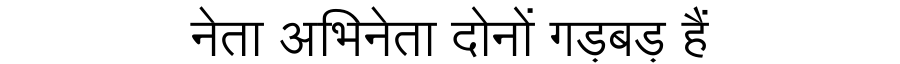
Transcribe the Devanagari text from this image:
नेता अभिनेता दोनों गड़बड़ हैं